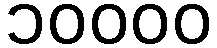
၁၀၀၀၀